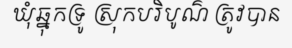
ឃុំឆ្នុកទ្រូ ស្រុកបរិបូណ៌ ត្រូវបាន